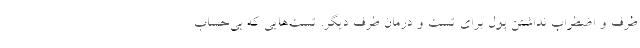
طرف و اضطراب نداشتن پول برای تست و درمان طرف دیگر. تست‌هایی که بی‌حساب